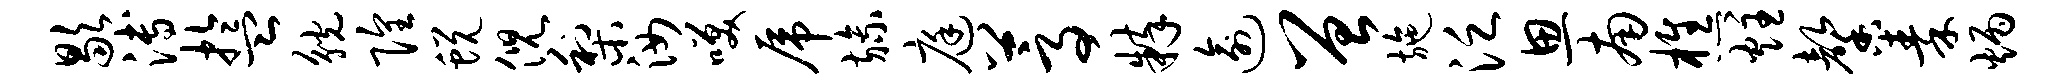
歇溥盂觥隍蜕倪梨汝笑虎旒庭蒿粹逾曾施泛思南樵炷馨秦炳